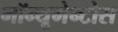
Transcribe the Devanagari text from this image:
मॉन्यूमेन्टोस